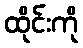
ထိုင်းကို